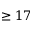
\geq 1 7